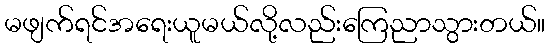
မဖျက်ရင်အရေးယူမယ်လို့လည်းကြေညာသွားတယ်။